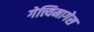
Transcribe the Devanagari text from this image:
गेत्त्यिमागेस